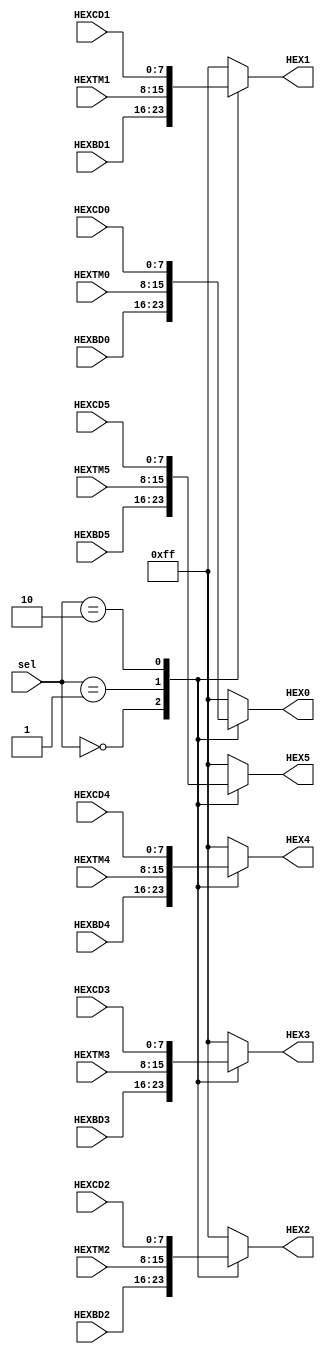
module mux7segtxmode(
input	[7:0] HEXBD0,
input	[7:0] HEXBD1,
input	[7:0] HEXBD2,
input	[7:0] HEXBD3,
input	[7:0] HEXBD4, 
input	[7:0] HEXBD5,
	
input	[7:0] HEXTM0,
input	[7:0] HEXTM1,	
input	[7:0] HEXTM2,
input	[7:0] HEXTM3,
input	[7:0] HEXTM4,
input	[7:0] HEXTM5,

input	[7:0] HEXCD0,
input	[7:0] HEXCD1,	
input	[7:0] HEXCD2,
input	[7:0] HEXCD3,
input	[7:0] HEXCD4,
input	[7:0] HEXCD5,

input	[1:0] sel,

output reg [7:0] HEX0,
output reg [7:0] HEX1,
output reg [7:0] HEX2,
output reg [7:0] HEX3,
output reg [7:0] HEX4,
output reg [7:0] HEX5
);

always@(*)
begin
	case(sel)
		2'd0:
			begin
			 HEX0 <= HEXBD0;
			 HEX1 <= HEXBD1;
			 HEX2 <= HEXBD2;
			 HEX3 <= HEXBD3;
			 HEX4 <= HEXBD4;
			 HEX5 <= HEXBD5;
			end
		2'd1:
			begin
			 HEX0 <= HEXTM0;
			 HEX1 <= HEXTM1;
			 HEX2 <= HEXTM2;
			 HEX3 <= HEXTM3;
			 HEX4 <= HEXTM4;
			 HEX5 <= HEXTM5;
			end
		2'd2:
			begin
			 HEX0 <= HEXCD0;
			 HEX1 <= HEXCD1;
			 HEX2 <= HEXCD2;
			 HEX3 <= HEXCD3;
			 HEX4 <= HEXCD4;
			 HEX5 <= HEXCD5;
			end
		default:
			begin
			 HEX0 <= 8'd255;
			 HEX1 <= 8'd255;
			 HEX2 <= 8'd255;
			 HEX3 <= 8'd255;
			 HEX4 <= 8'd255;
			 HEX5 <= 8'd255;
			end
	endcase
end


endmodule